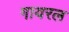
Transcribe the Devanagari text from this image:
गायरल